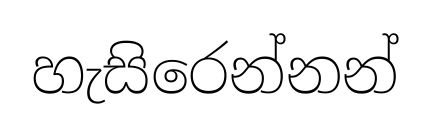
හැසිරෙන්නන්